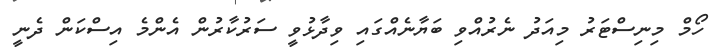
ހޯމް މިނިސްޓަރު މިއަދު ނެރުއްވި ބަޔާނެއްގައި ވިދާޅުވީ ސަރުކާރުން އެންމެ އިސްކަން ދެނީ